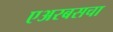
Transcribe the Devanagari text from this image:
एअरबसचा